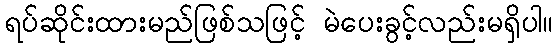
ရပ်ဆိုင်းထားမည်ဖြစ်သဖြင့် မဲပေးခွင့်လည်းမရှိပါ။